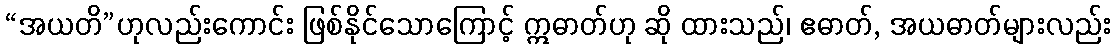
“အယတိ”ဟုလည်းကောင်း ဖြစ်နိုင်သောကြောင့် ဣဓာတ်ဟု ဆို ထားသည်၊ ဧဓာတ်, အယဓာတ်များလည်း